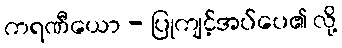
ကရဏီယော - ပြုကျင့်အပ်ပေ၏ လို့